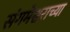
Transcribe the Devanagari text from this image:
संगमेश्वराच्या